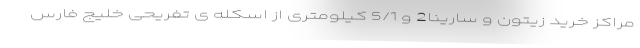
مراکز خرید زیتون و سارینا2 و 5/1 کیلومتری از اسکله ی تفریحی خلیج فارس